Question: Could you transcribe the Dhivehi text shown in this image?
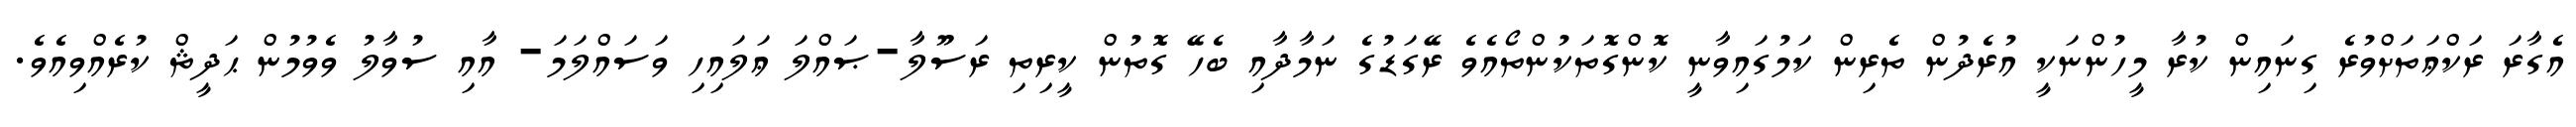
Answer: އެގާރަ ރަކްޢަތަށްވުރެ ގިނައިން ކުރާ މީހުންނަކީ އުރެދުން ތެރިން ކަމުގައިވާނީ ކޮންގޮތަކުންތޯއެވެ ރޭގަޑުގެ ނަމާދާއި ބެހޭ ގޮތުން ކީރިތި ރަސޫލާ-ޞައްލަ ޢަލައިހި ވަސައްލަމަ- އާއި ސުވާލު ވެވުމުން ޙަދީޘް ކުރެއްވިއެވެ.